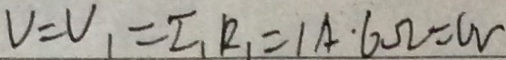
V = V _ { 1 } = I _ { 1 } R _ { 1 } = 1 A \cdot 6 \Omega = w